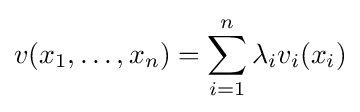
v(x_{1},\dots ,x_{n})=\sum _{i=1}^{n}{\lambda _{i}v_{i}(x_{i})}